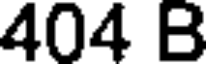
404 B